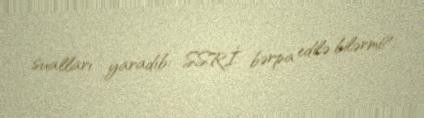
sualları yaradıb: SSRİ bərpa edilə bilərmi?.